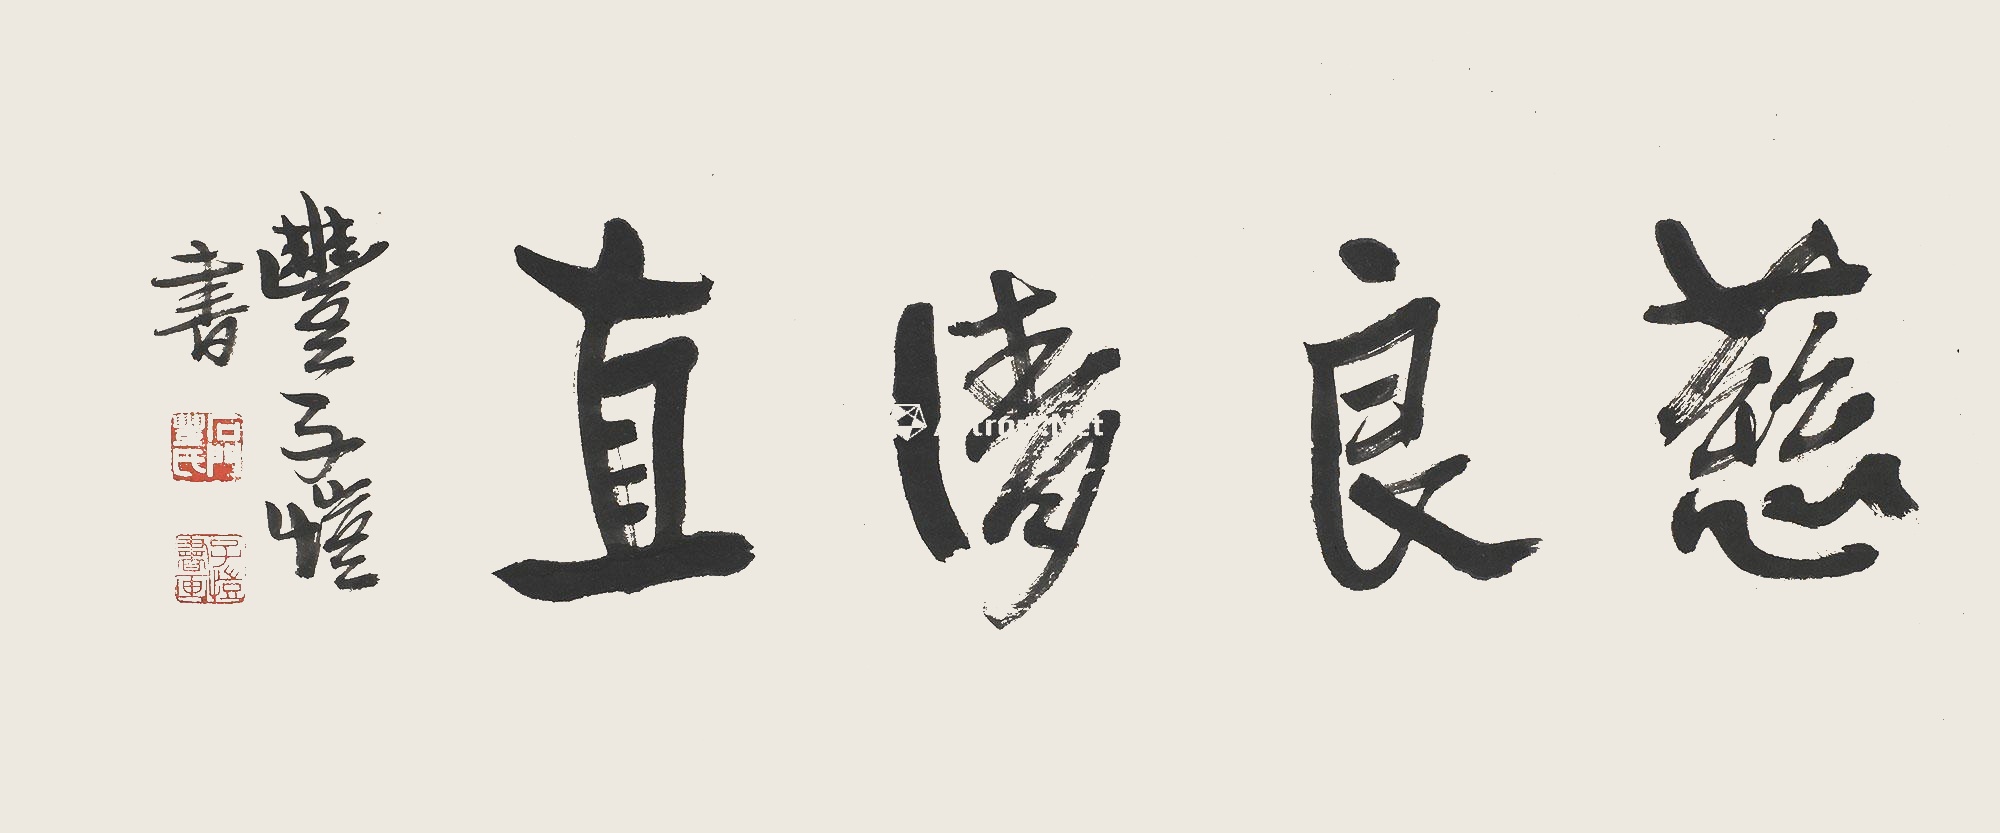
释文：慈良清直丰子恺书。